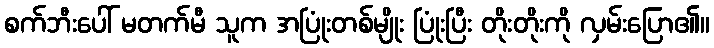
စက်ဘီးပေါ် မတက်မီ သူက အပြုံးတစ်မျိုး ပြုံးပြီး တိုးတိုးကို လှမ်းပြော၏။